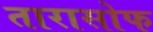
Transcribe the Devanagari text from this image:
तारासोफ